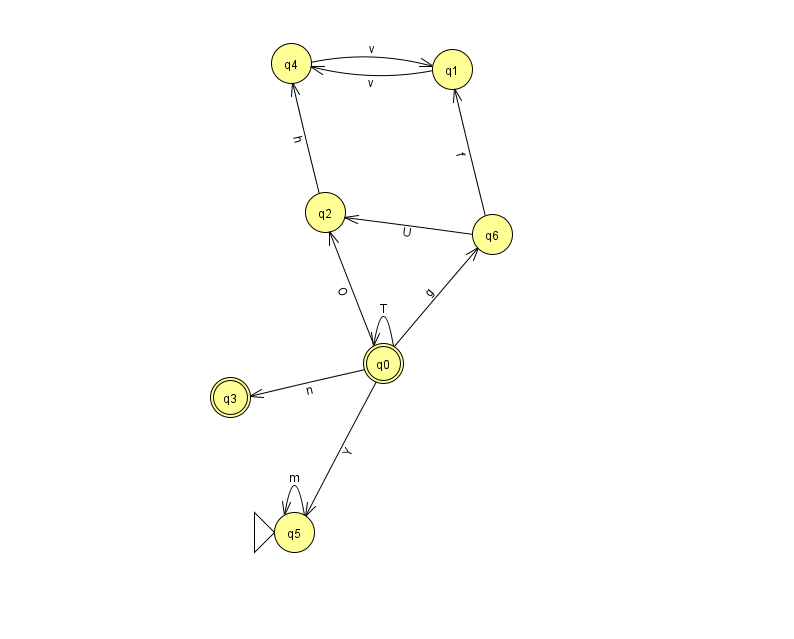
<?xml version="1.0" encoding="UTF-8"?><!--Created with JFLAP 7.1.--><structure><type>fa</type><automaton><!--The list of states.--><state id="0" name="q0"><x>383.0</x><y>350.0</y><final/></state><state id="1" name="q1"><x>452.0</x><y>56.0</y></state><state id="2" name="q2"><x>325.0</x><y>199.0</y></state><state id="3" name="q3"><x>230.0</x><y>384.0</y><final/></state><state id="4" name="q4"><x>291.0</x><y>50.0</y></state><state id="5" name="q5"><x>294.0</x><y>519.0</y><initial/></state><state id="6" name="q6"><x>492.0</x><y>221.0</y></state><!--The list of transitions.--><transition><from>6</from><to>1</to><read>f</read></transition><transition><from>0</from><to>0</to><read>T</read></transition><transition><from>2</from><to>4</to><read>h</read></transition><transition><from>0</from><to>3</to><read>n</read></transition><transition><from>0</from><to>5</to><read>Y</read></transition><transition><from>0</from><to>2</to><read>O</read></transition><transition><from>6</from><to>2</to><read>U</read></transition><transition><from>0</from><to>6</to><read>g</read></transition><transition><from>5</from><to>5</to><read>m</read></transition><transition><from>1</from><to>4</to><read>v</read></transition><transition><from>4</from><to>1</to><read>v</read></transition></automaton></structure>